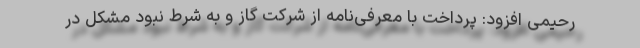
رحیمی افزود: پرداخت با معرفی‌نامه از شرکت گاز و به شرط نبود مشکل در